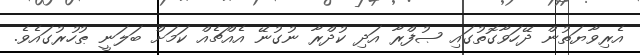
އެރިވާޔަތުން ދޭހަވާގޮތުގައި ޞުފްރާ އަދި ކުދްރާ ނުގުނޭ އެއްޗެއް ކަމަށް ބަލަނީ ޠުހުރުގައެވެ.